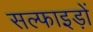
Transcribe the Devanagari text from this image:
सल्फाइड़ों